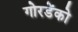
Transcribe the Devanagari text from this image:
गोरडेंको